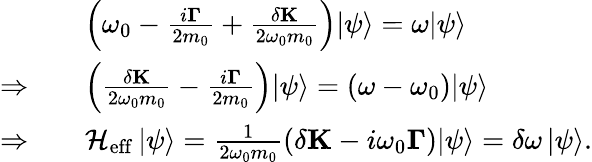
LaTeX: \begin{array}{rl}&{\left({\omega_{0}-\frac{{i{\mathbf{\Gamma}}}}{2m_{0}}+\frac{{\delta\mathbf{K}}}{{2{\omega_{0}}m_{0}}}}\right){\left|\psi\right\rangle}=\omega{\left|\psi\right\rangle}}\\ {\Rightarrow\quad}&{\left({\frac{{\delta\mathbf{K}}}{{2{\omega_{0}}m_{0}}}-\frac{{i{\mathbf{\Gamma}}}}{2m_{0}}}\right){\left|\psi\right\rangle}=(\omega-\omega_{0}){\left|\psi\right\rangle}}\\ {\Rightarrow\quad}&{\mathcal{H}_{\mathrm{eff}}\left|\psi\right\rangle=\frac{{1}}{{2{\omega_{0}}m_{0}}}\left({\delta\mathbf{K}-i\omega_{0}\mathbf{\Gamma}}\right){\left|\psi\right\rangle}=\delta\omega\left|\psi\right\rangle.}\end{array}